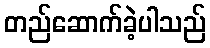
တည်ဆောက်ခဲ့ပါသည်